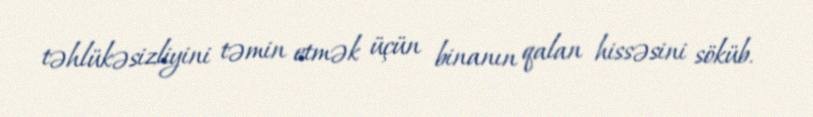
təhlükəsizliyini təmin etmək üçün binanın qalan hissəsini söküb.